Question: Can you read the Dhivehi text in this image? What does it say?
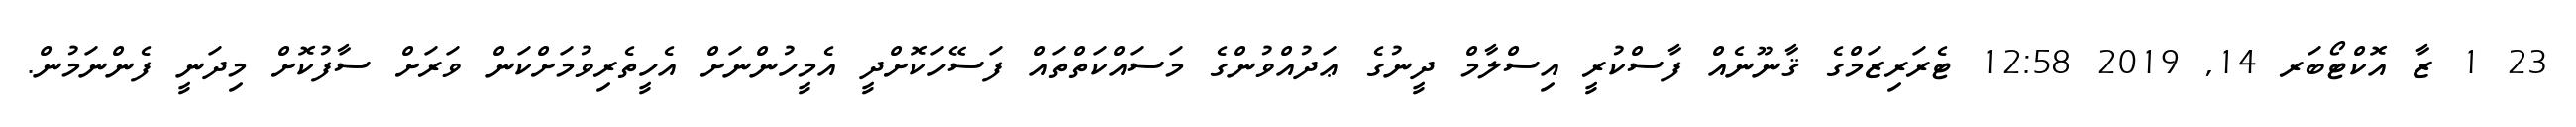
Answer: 23 1 ޒާ އޮކްޓޯބަރ 14, 2019 12:58 ޓެރަރިޒަމްގެ ޤާނޫނެއް ފާސްކުރީ އިސްލާމް ދީނުގެ ޢަދުއްވުންގެ މަސައްކަތްތައް ފަސޭހަކޮށްދީ އެމީހުންނަށް އެހީތެރިވުމަށްކަން ވަރަށް ސާފުކޮށް މިދަނީ ފެންނަމުން.